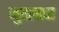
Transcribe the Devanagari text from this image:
मुघलाचा